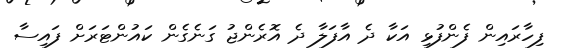
ފިހާރައިން ފެންފުޅި އަކާ ދެ އާފަލާ ދެ އޮރެންޖު ގަނެގެން ކައުންޓަރަށް ފައިސާ